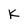
Character: K